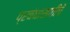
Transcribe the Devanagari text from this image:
प्रबंधासाठीचे